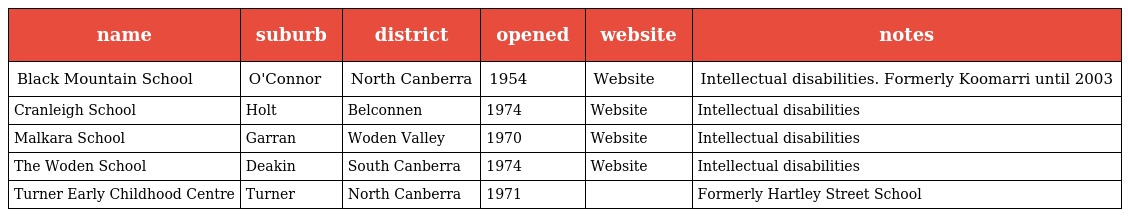
| name | suburb | district | opened | website | notes |
 | --- | --- | --- | --- | --- | --- |
 | Black Mountain School | O'Connor | North Canberra | 1954 | Website | Intellectual disabilities. Formerly Koomarri until 2003 |
 | Cranleigh School | Holt | Belconnen | 1974 | Website | Intellectual disabilities |
 | Malkara School | Garran | Woden Valley | 1970 | Website | Intellectual disabilities |
 | The Woden School | Deakin | South Canberra | 1974 | Website | Intellectual disabilities |
 | Turner Early Childhood Centre | Turner | North Canberra | 1971 |  | Formerly Hartley Street School |